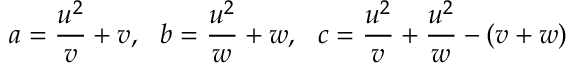
a = { \frac { u ^ { 2 } } { v } } + v , \ \ b = { \frac { u ^ { 2 } } { w } } + w , \ \ c = { \frac { u ^ { 2 } } { v } } + { \frac { u ^ { 2 } } { w } } - ( v + w )